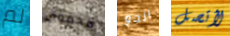
لم مخفوق الجو لأتصل